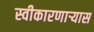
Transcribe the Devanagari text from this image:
स्वीकारणार्‍यास